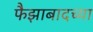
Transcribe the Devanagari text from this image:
फैझाबादच्या